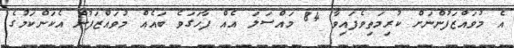
އެ މުވައްޒަފުންނަށް ކުރިމަތިވެފައިވާ 84 މައްސަލަ އެއް ފާހަގަވެ ބައެއް މުވައްޒަފުން އެކަންކަމުގެ